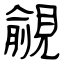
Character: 覦